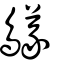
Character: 鸃